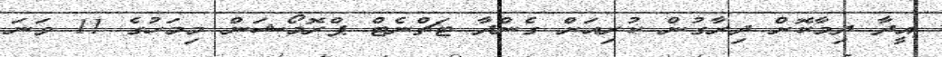
އީދާ ދިމާކޮށް ދިރާގުން ކުރިއަށް ގެންދާ ޓަޗްނެޓް ޕްރޮމޯޝަން މިމަހުގެ 11 ވަނަ